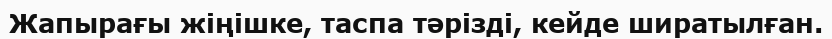
Жапырағы жіңішке, таспа тәрізді, кейде ширатылған.